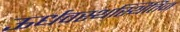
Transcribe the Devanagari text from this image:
ऊर्धवस्थस्थितिज